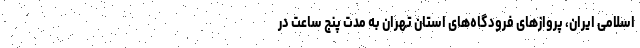
اسلامی ایران، پروازهای فرودگاه‌های استان تهران به مدت پنج ساعت در